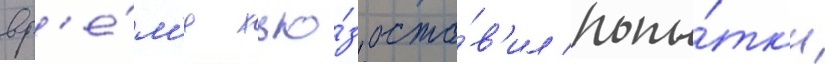
вр'е́м'я хью́з оста́в'ил попы́тк'и